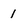
Character: 1